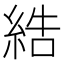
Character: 𦀽